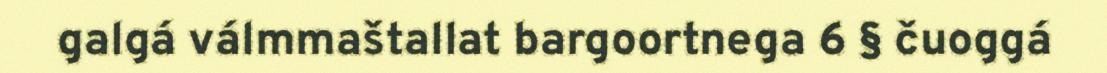
galgá válmmaštallat bargoortnega 6 § čuoggá